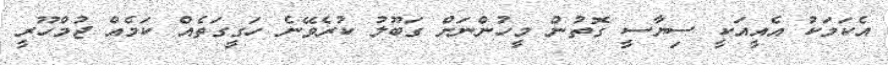
އެކަމަކު އެއީއަކީ ސިޔާސީ ގޮތުން މީހުންނަށް ގަބޫލު ކުރެވޭނެ ހަގީގަތެއް ކަމެއް ޖުމްހޫރީ